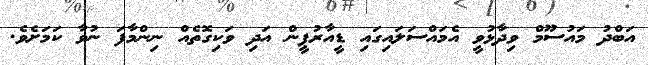
އަބްދު މައުސޫމް ވިދާޅުވީ އެމައްސަލައިގައި ޑީއާރުޕީން އަދި ވަކިގޮތެއް ނިންމާފަ ނުވާ ކަމަށެވެ.